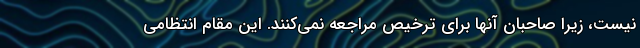
نیست، زیرا صاحبان آنها برای ترخیص مراجعه نمی‌کنند. این مقام انتظامی